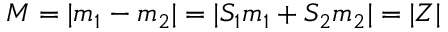
M = | m _ { 1 } - m _ { 2 } | = | S _ { 1 } m _ { 1 } + S _ { 2 } m _ { 2 } | = | Z |